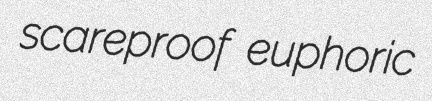
scareproof euphoric